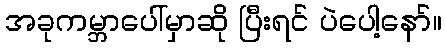
အခုကမ္ဘာပေါ်မှာဆို ပြီးရင် ပဲပေါ့နော်။